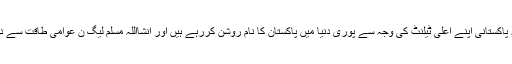
چوہدری عابد شیر علی نے اوورسیز پاکستانیوں کے جذبہ کی تعریف کی اور کہا کہ پاکستانی اپنے اعلیٰ ٹیلنٹ کی وجہ سے پوری دنیا میں پاکستان کا نام روشن کررہے ہیں اور انشااللہ مسلم لیگ ن عوامی طاقت سے دوبارہ اقتدار میں آکر پاکستان کو اسی بلندی پر لے جائیگی جیسے پہلے لے گئی تھی۔